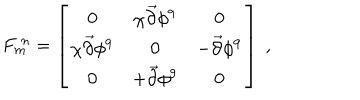
LaTeX: F _ { m } ^ { \ n } = \left[ \begin{array} { c c c } { { 0 } } & { { \chi { \vec { \partial } } \phi ^ { 9 } } } & { { 0 } } \\ { { \chi { \vec { \partial } } \phi ^ { 9 } } } & { { 0 } } & { { - { \vec { \partial } } \phi ^ { 9 } } } \\ { { 0 } } & { { + { \vec { \partial } } \phi ^ { 9 } } } & { { 0 } } \\ \end{array} \right] \ ,